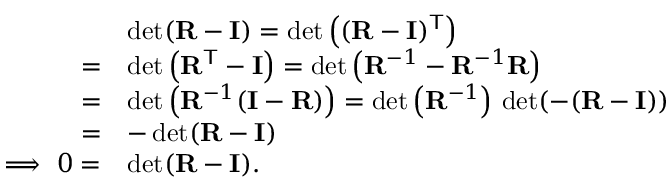
{ \begin{array} { r l } & { \operatorname* { d e t } ( \mathbf { R } - \mathbf { I } ) = \operatorname* { d e t } \left( ( \mathbf { R } - \mathbf { I } ) ^ { \mathsf { T } } \right) } \\ { = } & { \operatorname* { d e t } \left( \mathbf { R } ^ { \mathsf { T } } - \mathbf { I } \right) = \operatorname* { d e t } \left( \mathbf { R } ^ { - 1 } - \mathbf { R } ^ { - 1 } \mathbf { R } \right) } \\ { = } & { \operatorname* { d e t } \left( \mathbf { R } ^ { - 1 } ( \mathbf { I } - \mathbf { R } ) \right) = \operatorname* { d e t } \left( \mathbf { R } ^ { - 1 } \right) \, \operatorname* { d e t } ( - ( \mathbf { R } - \mathbf { I } ) ) } \\ { = } & { - \operatorname* { d e t } ( \mathbf { R } - \mathbf { I } ) } \\ { \Longrightarrow \ 0 = } & { \operatorname* { d e t } ( \mathbf { R } - \mathbf { I } ) . } \end{array} }